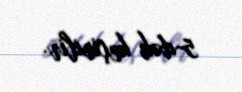
5-dək keçirilir.